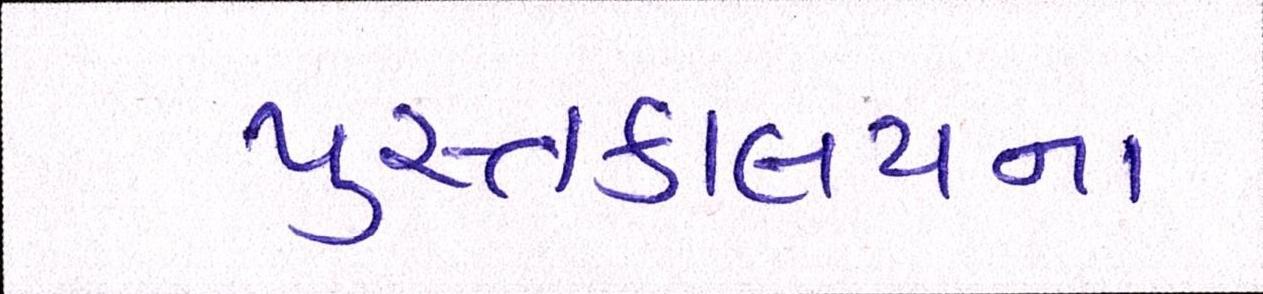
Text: પુસ્તકાલયના